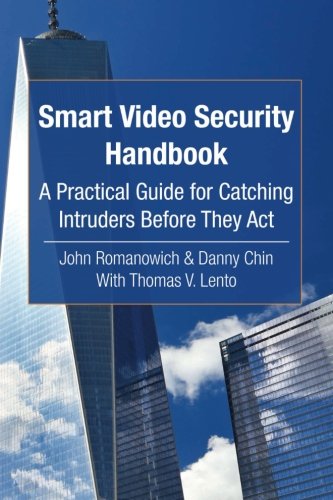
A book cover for Smart Video Security Handbook: A Practical Guide for Catching Intruders Before They Act; John Romanowich; Engineering & Transportation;